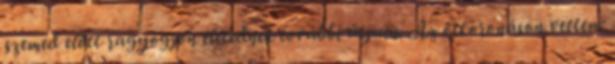
szemed előtt ragyogjon életednek további útjain. Az ötkoronáson vettem: